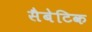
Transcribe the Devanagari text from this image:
सैबेटिक